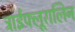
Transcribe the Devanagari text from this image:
ट्राईफ्लूरालिन